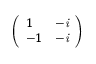
\left( \begin{array} { l l } { 1 } & { - \it { i } } \\ { - 1 } & { - \it { i } } \end{array} \right)